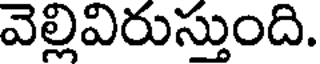
వెల్లివిరుస్తుంది.